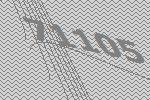
71105